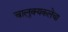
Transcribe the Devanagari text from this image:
चालुक्यकलेचा